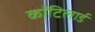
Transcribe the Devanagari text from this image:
कॉटिलार्ड